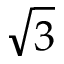
\sqrt { 3 }